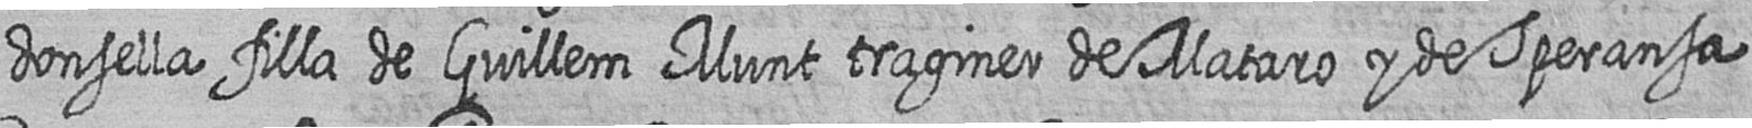
donsella filla de Guillem Munt traginer de Mataro y de Speransa